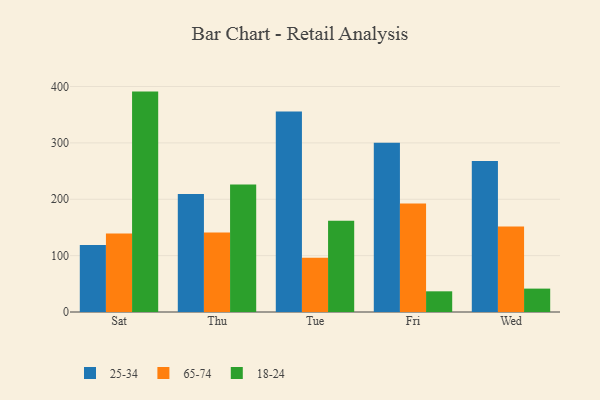
{"axis": {"x": "Day", "y": "Net Income (USD K)"}, "legend": ["18-24", "25-34", "65-74"], "data": [{"x": "Sat", "y": 118.9, "type": "25-34"}, {"x": "Sat", "y": 139.3, "type": "65-74"}, {"x": "Sat", "y": 391.0, "type": "18-24"}, {"x": "Thu", "y": 209.4, "type": "25-34"}, {"x": "Thu", "y": 140.9, "type": "65-74"}, {"x": "Thu", "y": 226.1, "type": "18-24"}, {"x": "Tue", "y": 355.6, "type": "25-34"}, {"x": "Tue", "y": 96.4, "type": "65-74"}, {"x": "Tue", "y": 161.7, "type": "18-24"}, {"x": "Fri", "y": 300.1, "type": "25-34"}, {"x": "Fri", "y": 192.5, "type": "65-74"}, {"x": "Fri", "y": 36.7, "type": "18-24"}, {"x": "Wed", "y": 268.0, "type": "25-34"}, {"x": "Wed", "y": 151.7, "type": "65-74"}, {"x": "Wed", "y": 41.5, "type": "18-24"}]}